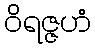
ဝိရဇ္ဇဟံ